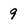
Character: 9